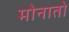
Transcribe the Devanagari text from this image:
मोनातो